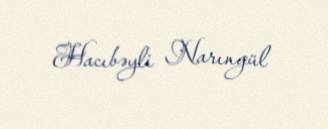
Hacıbəyli Narıngül